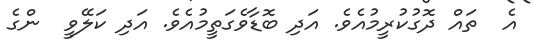
އެ  ތައް ދޮގުކުރީމުއެވެ. އަދި ބޮޑާވެގަތީމުއެވެ. އަދި ކަލޭވީ  ންގެ